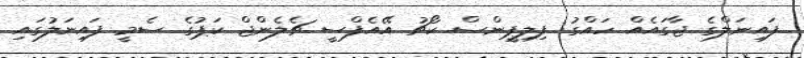
ފައިނަލްގެ ޖާގަައެއް ހައްގު: ފިލިޕީންސް ކޯޗު އޭއެފްސީ ޗެލެންޖް ކަޕުގެ ސެމީ ފައިނަލުގައި